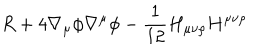
R + 4 \nabla _ { \mu } \phi \nabla ^ { \mu } \phi - { \frac { 1 } { 1 2 } } H _ { \mu \nu \rho } H ^ { \mu \nu \rho }